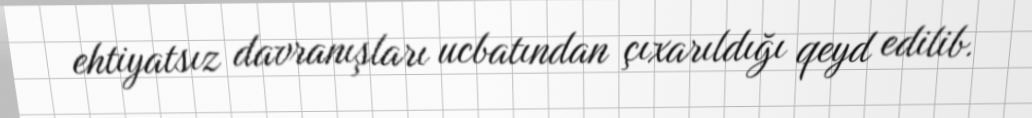
ehtiyatsız davranışları ucbatından çıxarıldığı qeyd edilib.